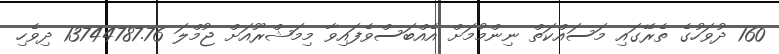
160 ދުވަހުގެ ތެރޭގައި މަސައްކަތް ނިންމުމަށް އެއްބަސްވެފައިވާ މިމަޝްރޫއަށް ޖުމްލަ 13744787.76 ދިވެހި